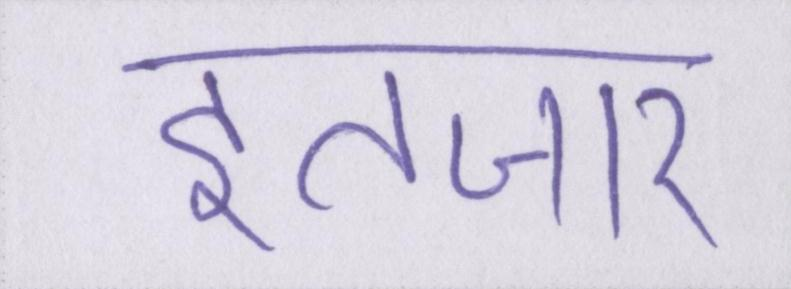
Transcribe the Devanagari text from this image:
इंतजार